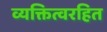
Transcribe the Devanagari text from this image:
व्यक्तित्वरहित